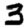
Digit: 3